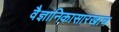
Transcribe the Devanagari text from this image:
वैज्ञानिकासारखाच